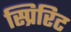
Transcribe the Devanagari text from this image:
स्प्रिरिट